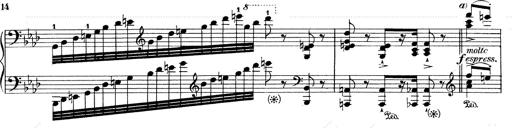
Title: Weinen, Klagen, Sorgen, Zagen
Composer: Franz Liszt